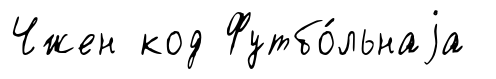
Чжен код Футбо́льнаjа